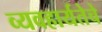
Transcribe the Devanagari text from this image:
व्यवहार्यतेचे